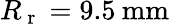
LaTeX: R_{\mathrm{~r~}}=9.5\: \mathrm{mm}